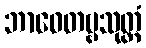
ဘာဝေတဗ္ဗသုတ္တံ